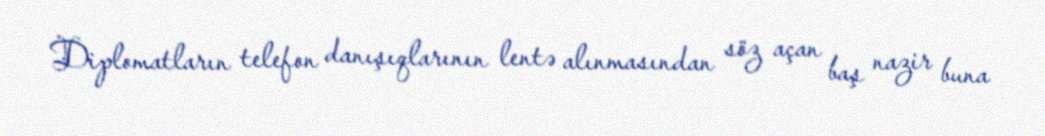
Diplomatların telefon danışıqlarının lentə alınmasından söz açan baş nazir buna